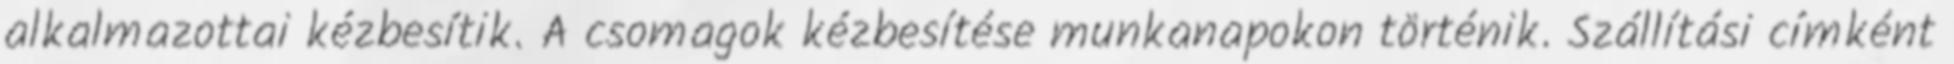
alkalmazottai kézbesítik. A csomagok kézbesítése munkanapokon történik. Szállítási címként